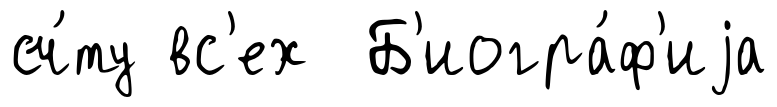
сч́ту вс'ех Б'иогра́ф'иjа